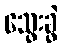
သွေးခွဲ